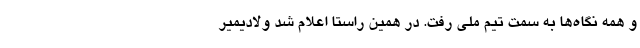
و همه نگاه‌ها به سمت تیم ملی رفت. در همین راستا اعلام شد ولادیمیر